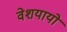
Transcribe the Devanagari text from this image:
वेशयायो